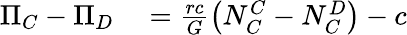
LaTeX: \begin{array}{rl}{\Pi_{C}-\Pi_{D}}&{{}=\frac{rc}{G}\left(N_{C}^{C}-N_{C}^{D}\right)-c}\end{array}